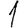
Digit: 1